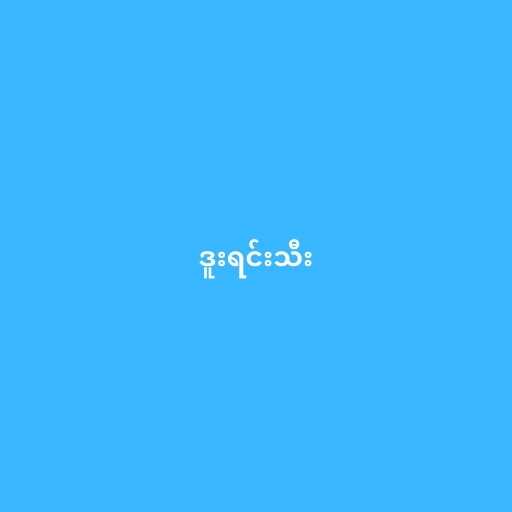
ဒူးရင်းသီး